Lunatic asylums Central Provinces reports 1895-1909 - 1895-1909
Year: 1895
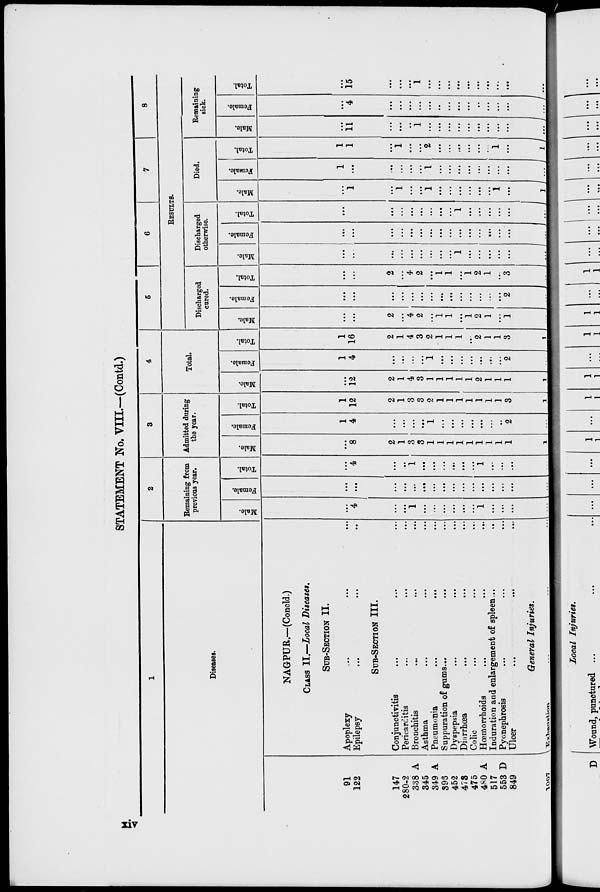
STATEMENT No. VIII.—(Contd.)
1
Diseases.
91
122
147
280-2
338 A
345
349 A
396
452
473
475
480 A
517
553 D
849
1007
NAGPUR.—(Concld.)
CLASS II.—Local Diseases.
SUB-SECTION II.
Apoplexy ... ... ...
Epilepsy ... ... ...
SUB-SECTION III.
Conjunctivitis ... ... ...
Pericarditis ... ... ...
Bronchitis ... ... ...
Asthma ... ... ...
Pneumonia
...
...
...
Suppuration of gums ... ... ...
Dyspepsia ... ... ...
Diarrhœa ... ... ...
Colic ... ... ...
Hœmorrhoids ... ... ...
Induration and enlargement of spleen . . . ...
Pyonephrosis ... ... ...
Ulcer
...
...
...
General Injuries.
Exhaution
...
...
...
2
Remaining from
previous year.
Male.
...
4
...
...
1
...
...
...
...
...
...
1
...
...
...
...
Female.
...
...
...
...
...
...
...
...
...
...
...
...
...
...
...
...
Total.
...
4
...
...
1
...
...
...
...
...
...
1
...
...
...
...
3
Admitted during
the year.
Male.
...
8
2
1
3
3
1
1
1
1
1
1
1
1
1
1
Female.
1
4
...
...
...
...
1
...
...
...
...
...
...
...
2
...
Total.
1
12
2
1
3
3
2
1
1
1
1
1
1
1
3
1
4
Total.
Male.
...
12
2
1
4
3
1
1
1
1
1
2
1
1
1
1
Female.
1
4
...
...
...
...
1
...
...
...
...
...
...
...
2
...
Total.
1
16
2
1
4
3
2
1
1
1
1
2
1
1
3
1
5
6
7
8
RESULTS.
Discharged
cured.
Male.
...
...
2
...
4
2
...
1
1
...
1
2
1
...
1
...
Female.
...
...
...
...
...
...
...
...
...
...
...
...
...
...
2
...
Total.
...
...
2
...
4
2
...
1
1
...
1
2
1
...
3
...
Discharged
otherwise.
Male.
...
...
...
...
...
...
...
...
...
1
...
...
...
...
...
...
Female.
...
...
...
...
...
...
...
...
...
...
...
...
...
...
...
...
Total.
...
...
...
...
...
...
...
...
...
1
...
...
...
...
...
...
Died.
Male.
...
1
...
1
...
...
1
...
...
...
...
...
...
1
...
1
Female.
1
...
...
...
...
...
1
...
...
...
...
...
...
...
...
...
Total.
1
1
...
1
...
...
2
...
...
...
...
...
...
1
...
1
Remaining
sick.
Male.
...
11
...
...
...
1
...
...
...
...
...
...
...
...
...
...
Female.
...
4
...
...
...
...
...
...
...
...
...
...
...
...
...
...
Total.
...
15
...
...
...
1
...
...
...
...
...
...
...
...
...
...
xiv